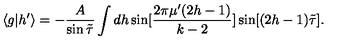
\langle g | h ^ { \prime } \rangle = - \frac { A } { \sin { \tilde { \tau } } } \int d h \sin [ \frac { 2 \pi \mu ^ { \prime } ( 2 h - 1 ) } { k - 2 } ] \sin [ ( 2 h - 1 ) { \tilde { \tau } } ] .